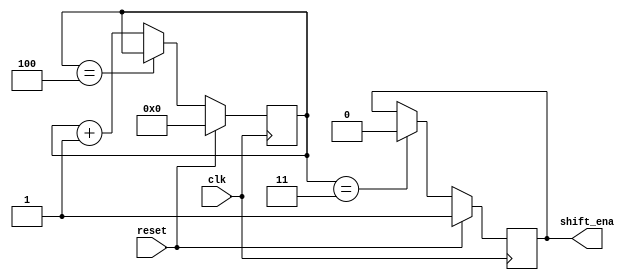
module top_module (
    input clk,
    input reset,      // Synchronous reset
    output shift_ena);
    
    reg [3:0] cnt;
    
    always @(posedge clk) begin
        if (reset) begin
            cnt <= 4'd0;
        end
        else begin
            cnt <= (cnt==4) ? cnt:cnt + 1;
        end
    end

    always @(posedge clk) begin
        if (reset) begin
            shift_ena <= 1;
        end
        else if (cnt==3) begin 
            shift_ena <= 0;
        end
        else begin
            shift_ena <= shift_ena;
        end
    end
    
endmodule